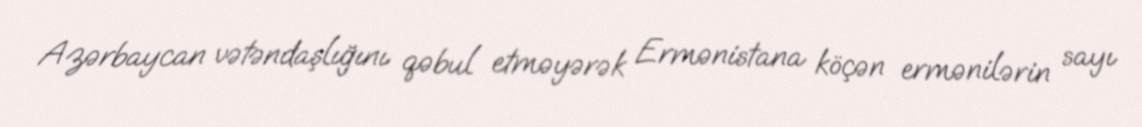
Azərbaycan vətəndaşlığını qəbul etməyərək Ermənistana köçən ermənilərin sayı